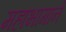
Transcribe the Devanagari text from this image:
महाभागाने